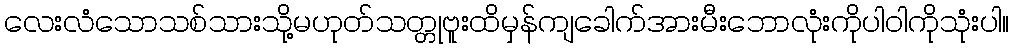
လေးလံသောသစ်သားသို့မဟုတ်သတ္တုဗူးထိမှန်ကျခေါက်အားမီးဘောလုံးကိုပါဝါကိုသုံးပါ။